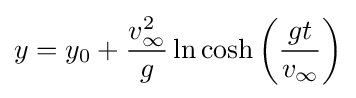
y=y_{0}+{\frac {v_{\infty }^{2}}{g}}\ln \cosh \left({\frac {gt}{v_{\infty }}}\right)